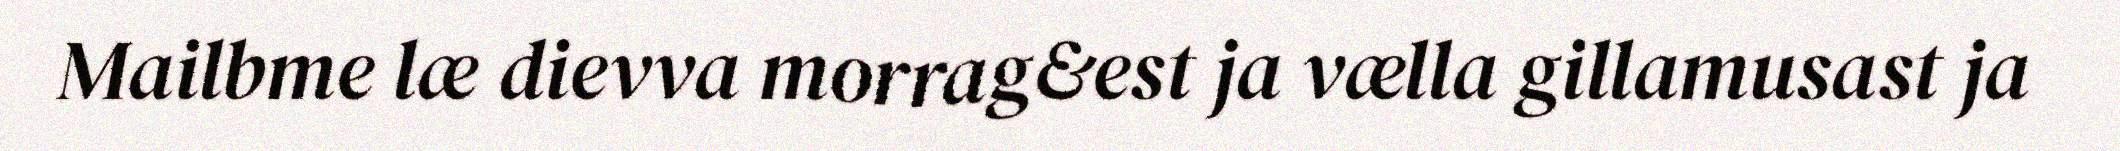
Mailbme læ dievva morrag&est ja vælla gillamusast ja